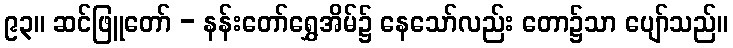
၉၃။ ဆင်ဖြူတော် - နန်းတော်ရွှေအိမ်၌ နေသော်လည်း တော၌သာ ပျော်သည်။